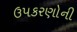
ઉપકરણોની